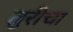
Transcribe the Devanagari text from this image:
तुरीचा